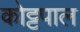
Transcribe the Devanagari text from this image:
कोट्टपाल